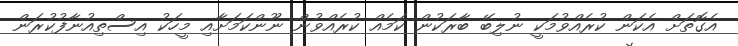
އެގޮތަށް އެކަން ކުރެއްވުމަކީ ނުލިބޭ ބާރަކުން ކަމެއް ކުރެއްވުން ނޫންކަމަށާއި މީހަކު އިސްތިއުނާފުކުރަން